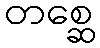
တစ္ဆေ